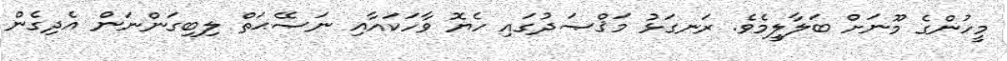
މީހުންގެ މޫނަށް ބަލާލީމެވެ. ރަނގަޅު މަޤްޞަދުގައި ހެޔޮ ވާހަކައާއި ނަޞޭޙަތް ލިބިގަންނަން އެދިގެން